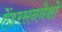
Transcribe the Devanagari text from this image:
ऐंडरसननेक्षो